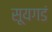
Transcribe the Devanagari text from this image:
सूयगडं